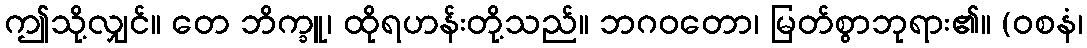
ဤသို့လျှင်။ တေ ဘိက္ခူ၊ ထိုရဟန်းတို့သည်။ ဘဂဝတော၊ မြတ်စွာဘုရား၏။ (ဝစနံ၊